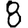
Digit: 8